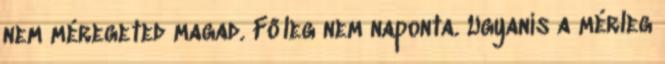
nem méregeted magad. Főleg nem naponta. Ugyanis a mérleg